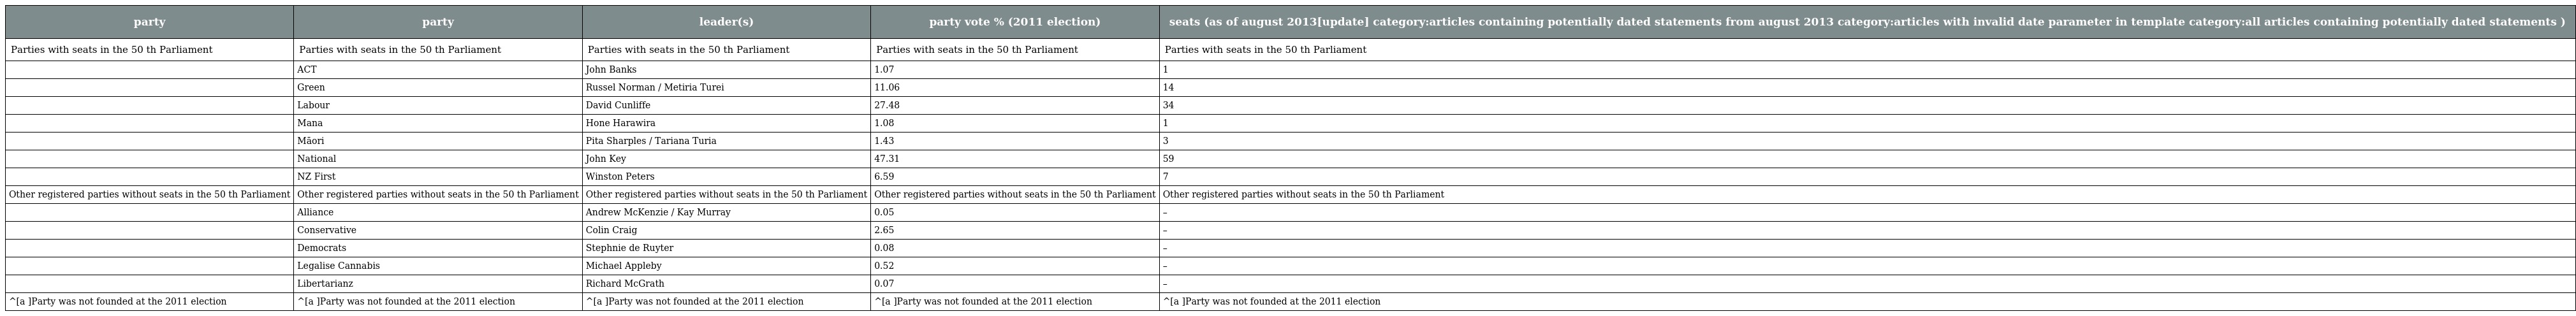
| party | party | leader(s) | party vote % (2011 election) | seats (as of august 2013[update] category:articles containing potentially dated statements from august 2013 category:articles with invalid date parameter in template category:all articles containing potentially dated statements ) |
 | --- | --- | --- | --- | --- |
 | Parties with seats in the 50 th Parliament | Parties with seats in the 50 th Parliament | Parties with seats in the 50 th Parliament | Parties with seats in the 50 th Parliament | Parties with seats in the 50 th Parliament |
 |  | ACT | John Banks | 1.07 | 1 |
 |  | Green | Russel Norman / Metiria Turei | 11.06 | 14 |
 |  | Labour | David Cunliffe | 27.48 | 34 |
 |  | Mana | Hone Harawira | 1.08 | 1 |
 |  | Māori | Pita Sharples / Tariana Turia | 1.43 | 3 |
 |  | National | John Key | 47.31 | 59 |
 |  | NZ First | Winston Peters | 6.59 | 7 |
 | Other registered parties without seats in the 50 th Parliament | Other registered parties without seats in the 50 th Parliament | Other registered parties without seats in the 50 th Parliament | Other registered parties without seats in the 50 th Parliament | Other registered parties without seats in the 50 th Parliament |
 |  | Alliance | Andrew McKenzie / Kay Murray | 0.05 | – |
 |  | Conservative | Colin Craig | 2.65 | – |
 |  | Democrats | Stephnie de Ruyter | 0.08 | – |
 |  | Legalise Cannabis | Michael Appleby | 0.52 | – |
 |  | Libertarianz | Richard McGrath | 0.07 | – |
 | ^[a ]Party was not founded at the 2011 election | ^[a ]Party was not founded at the 2011 election | ^[a ]Party was not founded at the 2011 election | ^[a ]Party was not founded at the 2011 election | ^[a ]Party was not founded at the 2011 election |